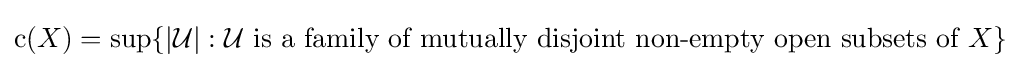
\operatorname {c} (X)=\sup\{|{\mathcal {U}}|:{\mathcal {U}}{\text{ is a family of mutually disjoint non-empty open subsets of }}X\}